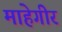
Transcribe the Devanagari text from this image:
माहेगीर